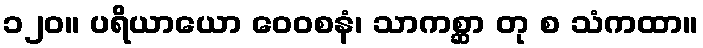
၁၂၀။ ပရိယာယော ဝေဝစနံ၊ သာကစ္ဆာ တု စ သံကထာ။